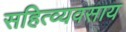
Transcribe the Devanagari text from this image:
सहित्व्यवसाय